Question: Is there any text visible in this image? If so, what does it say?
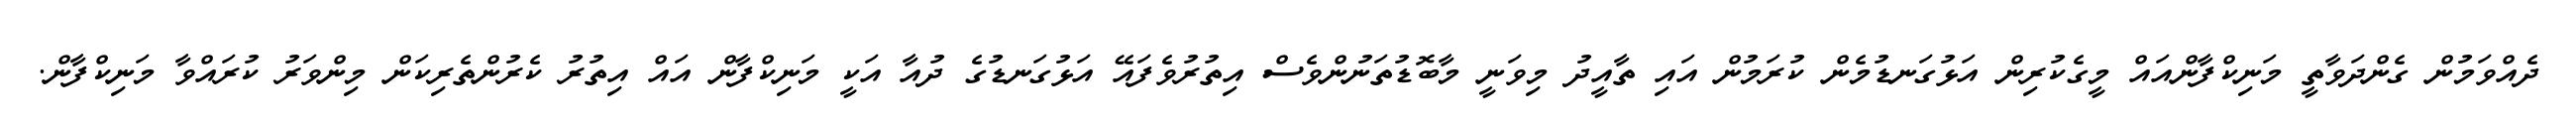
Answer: ދެއްވަމުން ގެންދަވާތީ މަނިކްފާންއައް މީގެކުރިން އަޅުގަނޑުމެން ކުރަމުން އައި ތާއީދު މިވަނީ މާބޮޑުތަނުންވެސް އިތުރުވެފައޭ އަޅުގަނޑުގެ ދުއާ އަކީ މަނިކްފާން އައް އިތުރު ކެރުންތެރިކަން މިންވަރު ކުރައްވާ މަނިކްފާން.